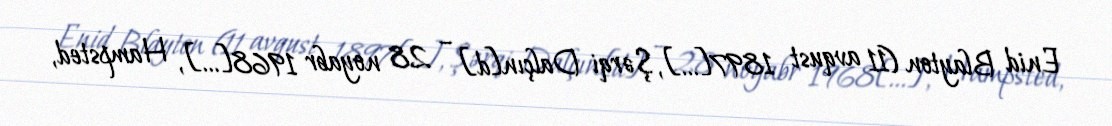
Enid Blayton (11 avqust 1897[…], Şərqi Dalçın[d] – 28 noyabr 1968[…], Hampsted,